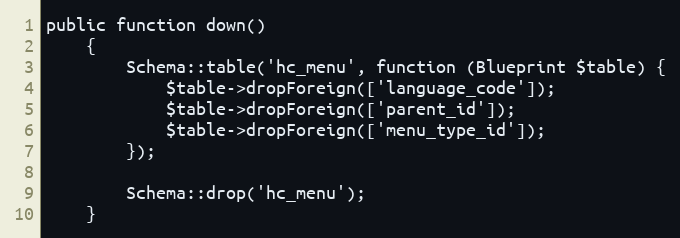
Language: PHP
public function down()
    {
        Schema::table('hc_menu', function (Blueprint $table) {
            $table->dropForeign(['language_code']);
            $table->dropForeign(['parent_id']);
            $table->dropForeign(['menu_type_id']);
        });

        Schema::drop('hc_menu');
    }